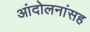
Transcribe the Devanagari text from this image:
आंदोलनांसह